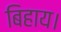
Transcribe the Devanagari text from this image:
बिहाय।